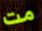
مت